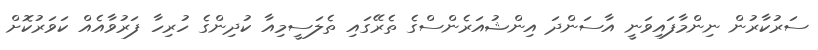
ސަރުކާރުން ނިންމާފައިވަނީ އާސަންދަ އިންޝުއަރެންސްގެ ތެރޭގައި ތެލަސީމިއާ ކުދިންގެ ހުރިހާ ފަރުވާއެއް ކަވަރުކޮށް